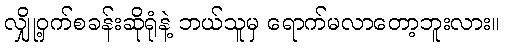
လျှို့ဝှက်စခန်းဆိုရုံနဲ့ ဘယ်သူမှ ရောက်မလာတော့ဘူးလား။